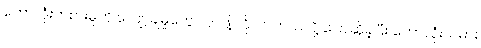
ဘောလုံးကစားမှုကို လျော့ချမှုတွေ လုပ်ဖို့ လိုလာတယ်လို့ ပြောဆိုခဲ့ပြီး ဘောလုံးသမား